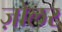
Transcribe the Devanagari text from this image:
ज़ोलर